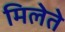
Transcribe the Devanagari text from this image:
मिलेते